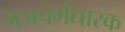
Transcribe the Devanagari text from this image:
गजचर्मधारक